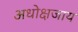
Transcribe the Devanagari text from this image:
अधोक्षजाय